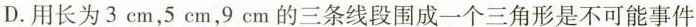
D.用长为3cm，5cm，9cm的三条线段围成一个三角形是不可能事件